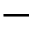
-